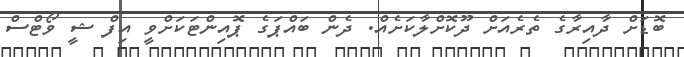
ބޮޑަށް ދާއިރާގެ ތެރެއަށް ދޫކޮށްލާކަށެއް. ދެން ބައްޕަގެ ޕޮއިންޓަކަށްވީ އިފް ޝީ ވޯޓްސް